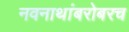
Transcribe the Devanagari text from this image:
नवनाथांबरोबरच